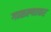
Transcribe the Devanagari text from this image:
गाळल्यावर